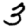
Digit: 3